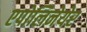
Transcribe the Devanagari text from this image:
एपोलिनेयेर